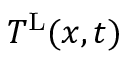
T ^ { \mathrm { L } } ( x , t )